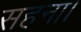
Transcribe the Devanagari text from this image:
सहना।